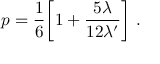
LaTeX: p = { \frac { 1 } { 6 } } \biggl [ 1 + { \frac { 5 \lambda } { 1 2 \lambda ^ { \prime } } } \biggr ] \ .